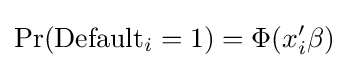
\Pr({\text{Default}}_{i}=1)=\Phi (x_{i}'\beta )